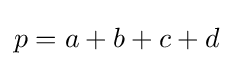
p=a+b+c+d